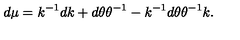
d \mu = k ^ { - 1 } d k + d \theta \theta ^ { - 1 } - k ^ { - 1 } d \theta \theta ^ { - 1 } k .